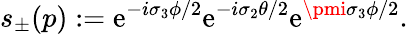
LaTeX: s_{\pm}(p):=\mathrm{e}^{-i\sigma_{3}\phi/2}\mathrm{e}^{-i\sigma_{2}\theta/2}\mathrm{e}^{\pmi\sigma_{3}\phi/2}.